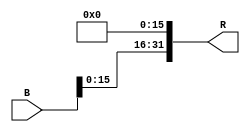
module Lui
(
    B,
    R
);

    input [31:0]B;

    output [31:0]R;

    assign R = { B[15:0] , 16'b0 };
    
endmodule